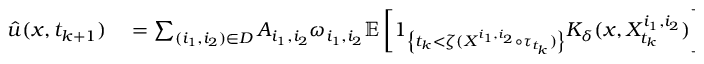
\begin{array} { r l } { \Hat { u } ( x , t _ { k + 1 } ) } & { { } = \sum _ { ( i _ { 1 } , i _ { 2 } ) \in D } A _ { i _ { 1 } , i _ { 2 } } \omega _ { i _ { 1 } , i _ { 2 } } \mathbb { E } \left[ 1 _ { \left\{ t _ { k } < \zeta ( X ^ { i _ { 1 } , i _ { 2 } } \circ \tau _ { t _ { k } } ) \right\} } K _ { \delta } ( x , X _ { t _ { k } } ^ { i _ { 1 } , i _ { 2 } } ) \right] } \end{array}